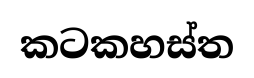
කටකහස්ත